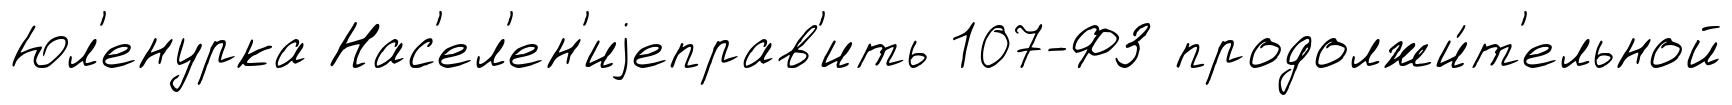
Юл'енурка Нас'ел'ен'иjеправ'ить 107-ФЗ продолжи́т'ельной